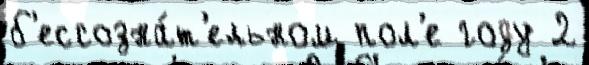
б'ессозна́т'ельном пол'е году 2